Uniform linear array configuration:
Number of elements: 32
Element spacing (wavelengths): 0.75
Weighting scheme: cosine
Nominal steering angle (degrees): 0
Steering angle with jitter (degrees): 0.9988
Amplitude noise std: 0.05
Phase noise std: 0.05

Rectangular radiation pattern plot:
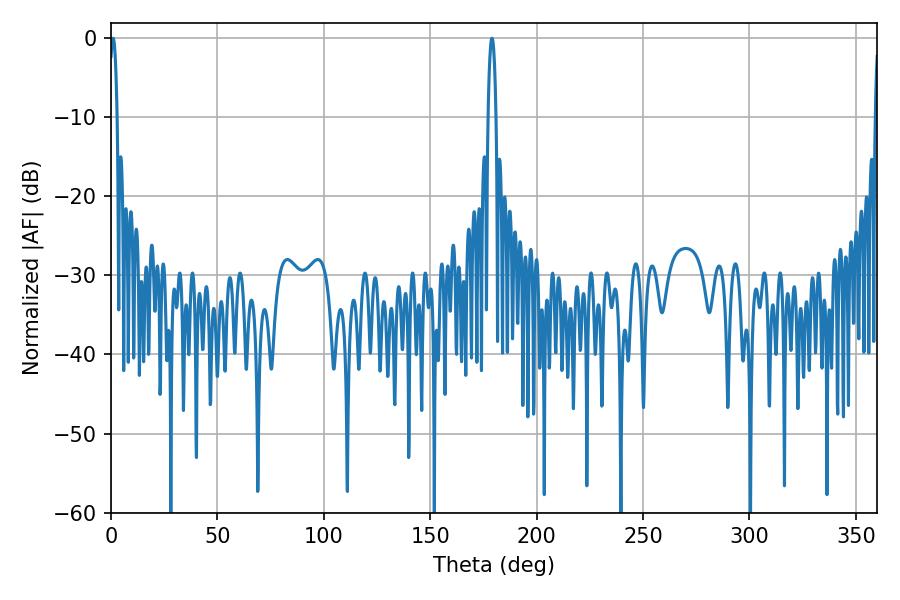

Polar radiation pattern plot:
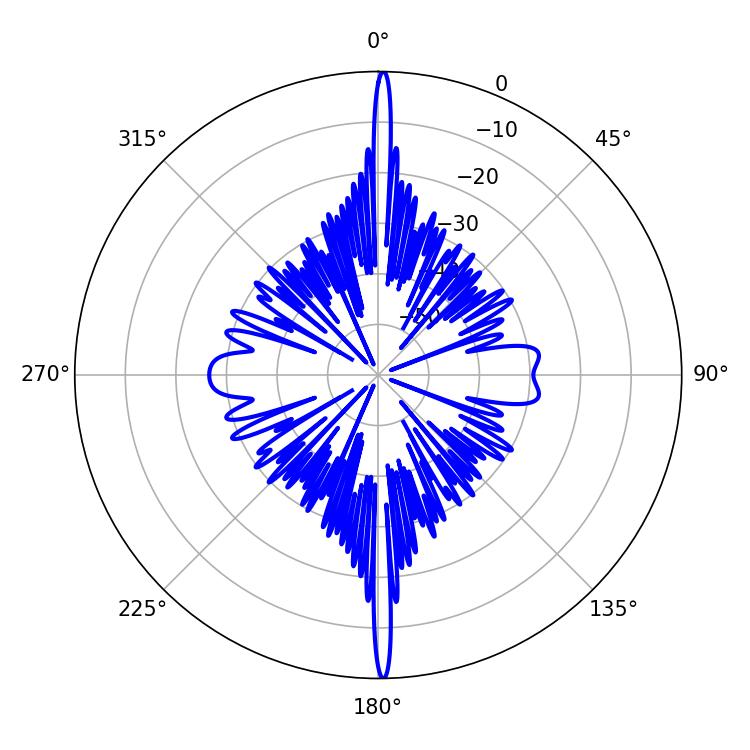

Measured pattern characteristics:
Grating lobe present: TRUE
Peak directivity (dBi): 32.287
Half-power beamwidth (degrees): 1.98
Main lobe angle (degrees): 0.9